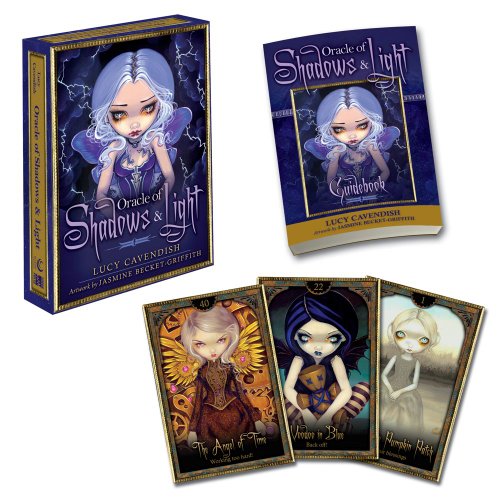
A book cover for Oracle of Shadows and Light; Lucy Cavendish; Teen & Young Adult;